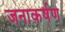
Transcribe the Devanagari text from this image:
जनाकर्षण